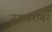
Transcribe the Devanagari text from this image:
जयाबरोबर